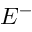
E ^ { - }